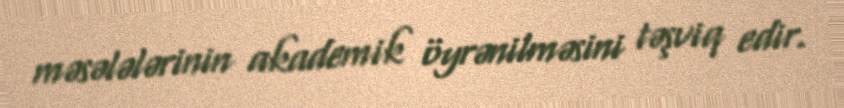
məsələlərinin akademik öyrənilməsini təşviq edir.